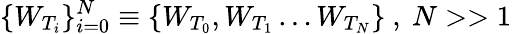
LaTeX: \{ W_{T_{i}}\} _{i=0}^{N}\equiv\{ W_{T_{0}},W_{T_{1}}\dots W_{T_{N}}\} \ ,\ N>>1